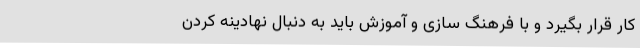
کار قرار بگیرد و با فرهنگ سازی و آموزش باید به دنبال نهادینه کردن